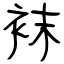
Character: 袜